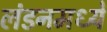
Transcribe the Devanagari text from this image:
लंडनमध्यें